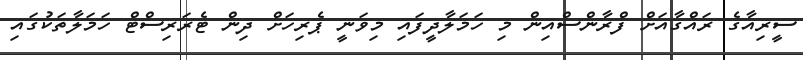
ސީރިއާގެ ރައްގާއަށް ފްރާންސްއިން މި ހަމަލާދީފައި މިވަނީ ޕެރިހަށް ދިން ޓެރަރިސްޓް ހަމަލާތަކުގައި